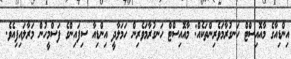
އިންޑިއާގެ މާއޮއިސްޓް ހަނގުރާމަވެރިންތަކެއް: މާއޮއިސްޓް ހަނގުރާމަވެރިން ހަމަލާދީ އިންޑިއާ ސިފައިންގެ ފަސްމީހުން މަރާލައިފިއެވެ.